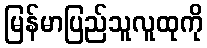
မြန်မာပြည်သူလူထုကို